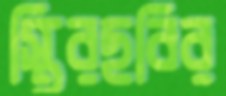
স্থিরছবির